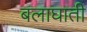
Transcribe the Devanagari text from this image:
बलाघाती